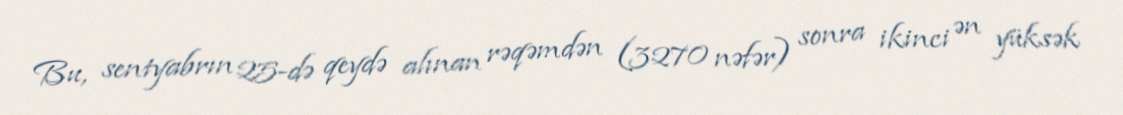
Bu, sentyabrın 25-də qeydə alınan rəqəmdən (3270 nəfər) sonra ikinci ən yüksək